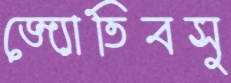
জ্যোতিবসু